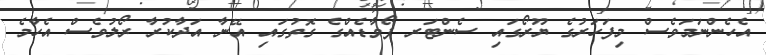
އެހެންނަމަވެސް މިފަހަރުގެ ޔޫރޯގައި ސެންޓަރ ފޯވާޑެއްގެ ގޮތުގައި އޭނާ އަދާކުރާ ރޯލުވެސް އެހާމެ